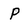
Character: P